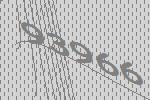
93966